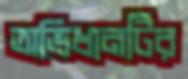
অভিধানটির